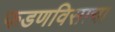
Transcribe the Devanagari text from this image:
फडणविसाचा